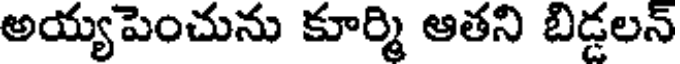
అయ్యపెంచును కూర్మి ఆతని బిడ్డలన్